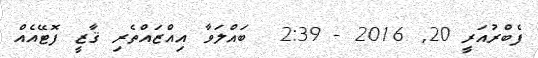
ފެބްރުއަރީ 20